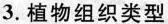
3.植物组织类型